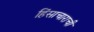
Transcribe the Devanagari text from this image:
हिंसाचाराची